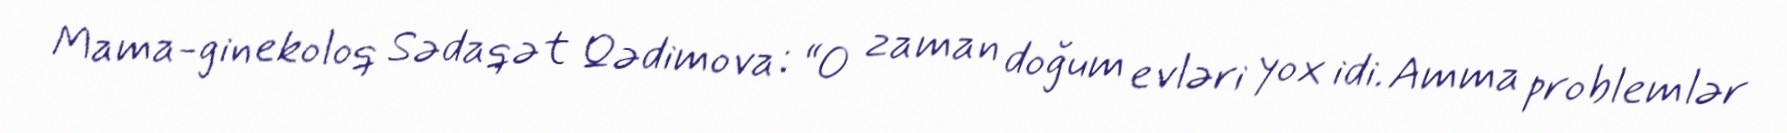
Mama-ginekoloq Sədaqət Qədimova: “O zaman doğum evləri yox idi. Amma problemlər